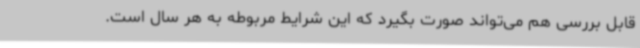
قابل بررسی هم می‌تواند صورت بگیرد که این شرایط مربوطه به هر سال است.